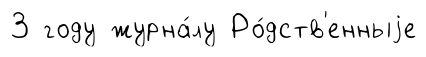
3 году журна́лу Ро́дств'енныjе